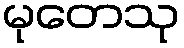
မုတေသု